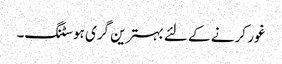
غور کرنے کے لئے بہترین گری ہوسٹنگ۔